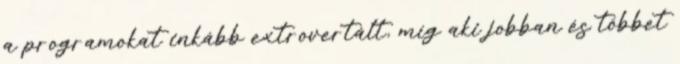
a programokat inkább extrovertált, míg aki jobban és többet